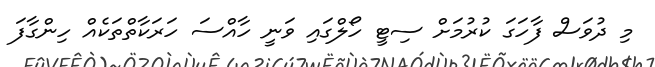
މި ދުވަސް ފާހަގަ ކުުރުމަށް ސިޓީ ހޯލްގައި ވަނީ ހާއްސަ ހަރަކާތްތަކެއް ހިންގާފަ